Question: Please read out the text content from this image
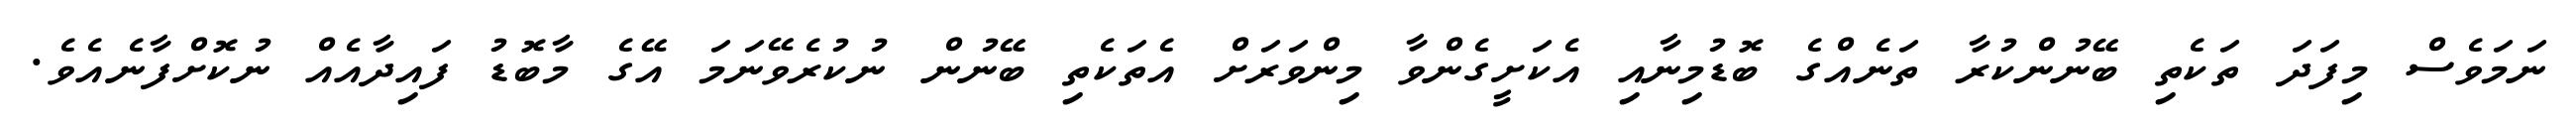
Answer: ނަމަވެސް މިފަދަ ތަކެތި ބޭނުންކުރާ ތަނެއްގެ ބޮޑުމިނާއި އެކަށީގެންވާ މިންވަރަށް އެތަކެތި ބޭނުން ނުކުރެވޭނަމަ އޭގެ މާބޮޑު ފައިދާއެއް ނުކޮށްފާނެއެވެ.